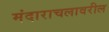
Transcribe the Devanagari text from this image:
मंदाराचलावरील